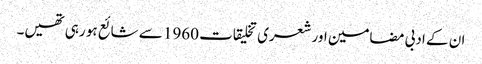
ان کے ادبی مضامین اور شعری تخلیقات 1960 سے شائع ہو رہی تھیں۔